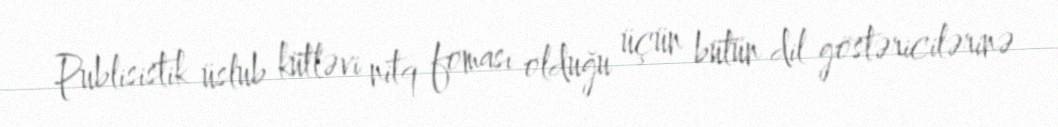
Publisistik üslub kütləvi nitq foması olduğu üçün bütün dil göstəricilərinə